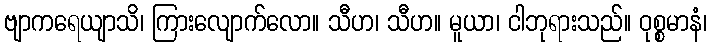
ဗျာကရေယျာသိ၊ ကြားလျောက်လော။ သီဟ၊ သီဟ။ မူယာ၊ ငါဘုရားသည်။ ဝုစ္စမာနံ၊